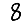
Digit: 8